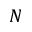
N